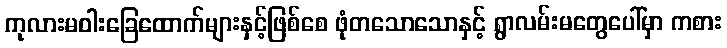
ကုလားမဝါးခြေထောက်များနှင့်ဖြစ်စေ ဖုံတသောသောနှင့် ရွာလမ်းမတွေပေါ်မှာ ကစား